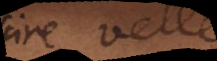
scire velle